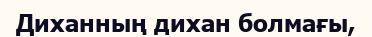
Диханның дихан болмағы,